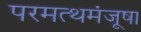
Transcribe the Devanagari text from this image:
परमत्थमंजूषा